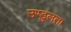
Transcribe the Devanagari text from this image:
उण्डुलता